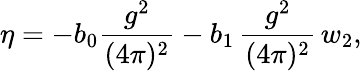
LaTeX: \eta=-b_{0}\frac{g^{2}}{(4\pi)^{2}}-b_{1}\, \frac{g^{2}}{(4\pi)^{2}}\, w_{2},